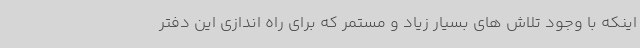
اینکه با وجود تلاش های بسیار زیاد و مستمر که برای راه اندازی این دفتر